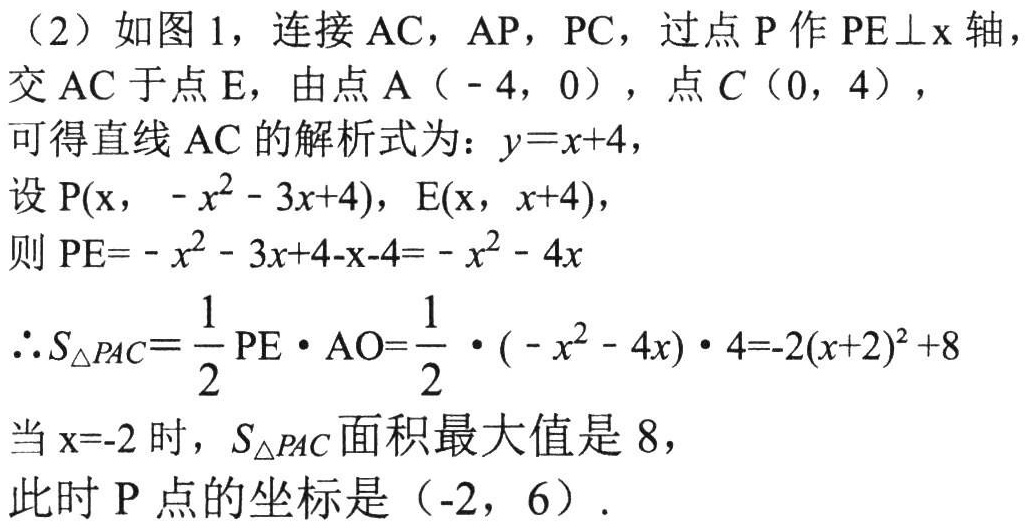
（2）如图1，连接$AC$，$AP$，$PC$，过点$P$作$PE\perp x$轴，交$AC$于点$E$，由点$A(-4,0)$，点$C(0,4)$，可得直线$AC$的解析式为：$y = x + 4$，
设$P(x,-x^{2}-3x + 4)$，$E(x,x + 4)$，
则$PE=-x^{2}-3x + 4 - x - 4=-x^{2}-4x$
$\therefore S_{\triangle PAC}=\frac{1}{2}PE\cdot AO=\frac{1}{2}\cdot(-x^{2}-4x)\cdot4=-2(x + 2)^{2}+8$
当$x = - 2$时，$S_{\triangle PAC}$面积最大值是$8$，
此时$P$点的坐标是$(-2,6)$.